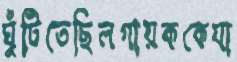
ঘুঁটিতেছিলগায়ককেযা